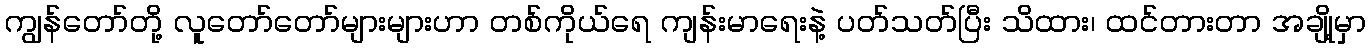
ကျွန်တော်တို့ လူတော်တော်များများဟာ တစ်ကိုယ်ရေ ကျန်းမာရေးနဲ့ ပတ်သတ်ပြီး သိထား၊ ထင်တားတာ အချို့မှာ